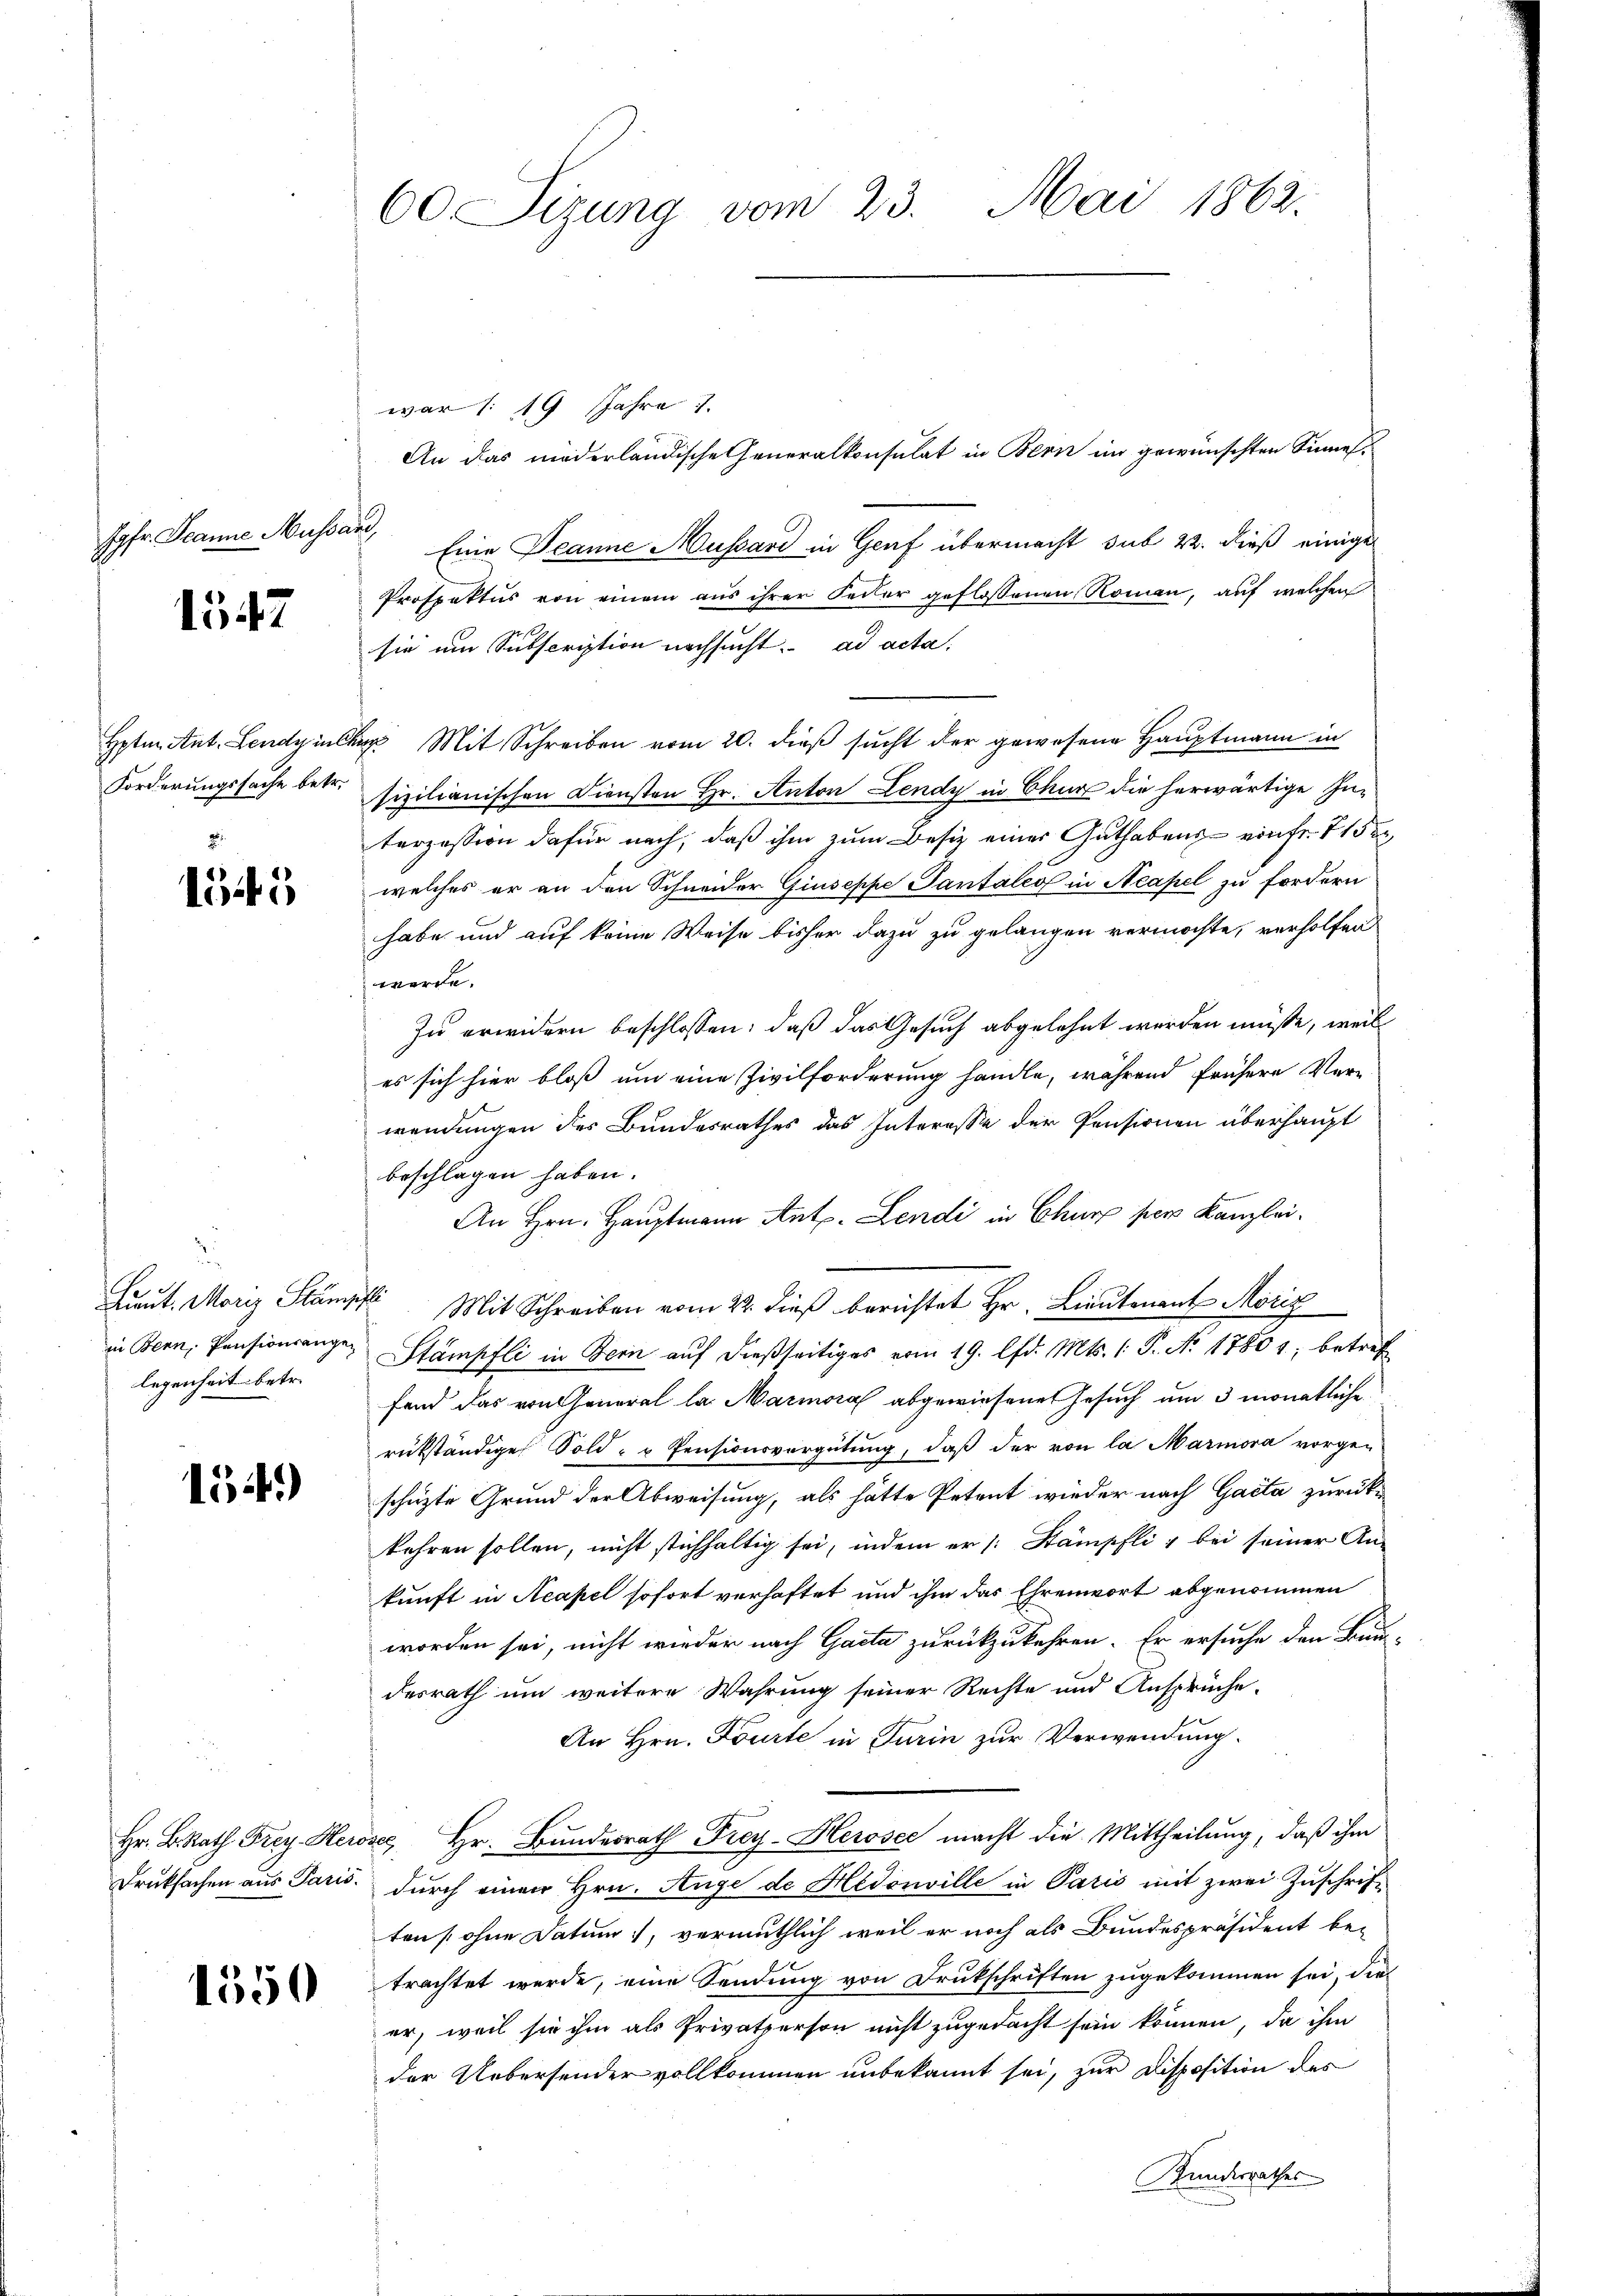
Jgfr. Jeanne Mussard,

1547

Forderungssache betr.

2
1545

in Bern, Pensionsangelegenheit betr.

15.)

1550

60 Sizung vom 23. Mai 1862.

war 1: 19 Jahre 7
An das niederländische Generalkonsulat in Bern im gewünschten Sinnes-
Eine Jeanne Aussard in Genf übermacht sub 22. dieß einige
Prospektus von einem aus ihrer Secker geflossenen Roman, auf welchen
sie um Subscription nachsucht. ad acta.
Hptm. Ant. Lendzinsher Mit Schreiben vom 20. dieß sucht der gewesene Hauptmann in
sizilianischen Diensten Hr. Anton Lendy in Chur die herwärtige Interzession dafür nach, daß ihm zum Besitz einer Guthabens von fr. 7 152
welches er an den Schneider Giuseppe Pantales in Neapel zu fordern
habe und auf keine Weise bisher dazu zu gelangen vermöchte, verholfen
werde.
Zu erwidern beschlossen: daß das Gesuch abgelehnt werden müßte, weil
es sich hier bloß um eine Zivilforderung handle, während frühere Vere
wendungen des Bundesrathes das Interesse der Pensionen überhaupt
beschlagen haben.
An Hrn. Hauptmann Ant. Lendi in Chur per Kanzlei.
Greut. Moriz Stampf Mit Schreiben vom 22. dieß berichtet Hr. Lieutenant Moriz
Stämpfli in Bern auf dießseitiges vom 19. lfd. Mts. (: P. Nr. 1780 1; betref
fend das von General la Marmoral abgewiesene Gesuch um 3 monatliche
rükständige Sold- u Pensionsvergütung, daß der von la Marmora vorgen
schüzte Grund der Abweisung, als hätte Petent wieder nach Gacta zurück
kehren sollen, nicht stichhaltig sei, indem er /: Kämpfli & bei seiner An-
kunft in Neapel sofort verhaftet und ihm das Ehrenwort abgenommen
worden sei, nicht wieder nach Gacta zurückzukehren. Er ersuche den Bur-
desrath um weitere Wahrung seiner Rechte und Ansprüche.
An Hrn. Tourte in Turin zur Verwendung.
Hr. B. Rath Frey Herose Hr. Bundesrath Frey-Herosee macht die Mittheilung, daß ihm
Druksachen aus Paris, durch einen Hrn. Auge de Hedonville in Paris mit zwei Zuschriftens ohne Datum, vermuthlich weil er noch als Bundespräsident be-
trachtet werde, eine Sendung von Drukschriften zugekommen sei, die
er, weil sie ihm als Privatperson nicht zugedacht sein können, da ihm
der Uebersender vollkommen unbekannt sei, zur Disposition des
Kundesrathes